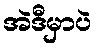
အဲဒီမှာပဲ